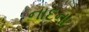
નાદના